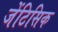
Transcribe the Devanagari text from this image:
जेंटिसिक